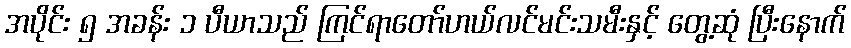
အပိုင်း ၅ အခန်း ၁ ပီယာသည် ကြင်ရာတော်ဟယ်လင်မင်းသမီးနှင့် တွေ့ဆုံ ပြီးနောက်